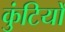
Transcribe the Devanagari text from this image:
कुंटियों